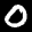
Label: 0